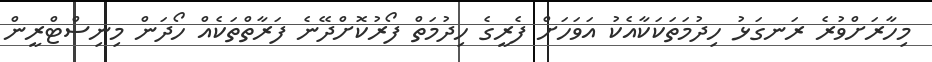
މިހާރަށްވުރެ ރަނގަޅު ހިދުމަތަކަކާއެކު އަވަހަށް ފެރީގެ ހިދުމަތް ފޯރުކޮށްދޭނެ ފަރާތްތަކެއް ހޯދަން މިނިސްޓްރީން